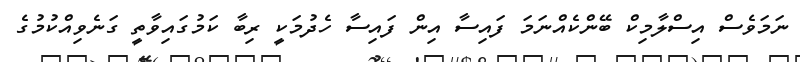
ނަމަވެސް އިސްލާމިކް ބޭންކެއްނަމަ ފައިސާ އިން ފައިސާ ހެދުމަކީ ރިބާ ކަމުގައިވާތީ ގަނެވިއްކުމުގެ